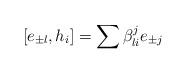
LaTeX: \begin{align*}[e_{\pm l},h_{i}]=\sum \beta_{li}^{j}e_{\pm j}\end{align*}